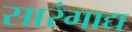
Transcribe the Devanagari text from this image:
सारंगाद्य